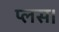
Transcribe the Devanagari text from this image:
प्लस।